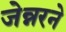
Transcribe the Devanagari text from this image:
जेन्नरने